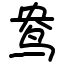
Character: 鸯